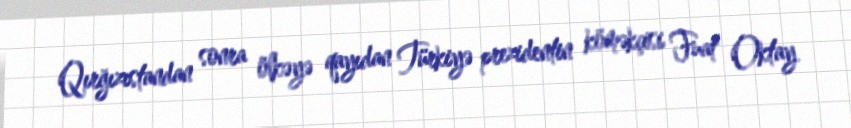
Qırğızıstandan sonra ölkəyə qayıdan Türkiyə prezidentin köməkçisi Fuat Oktay